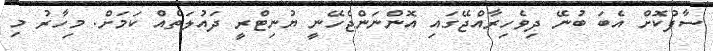
ސާފުކޮށް އެބަ ބުނޭ ދިވެހިރާއްޖޭގައި އޮންނަންޖެހޭނީ ޔުނިޓްރީ ދައުލަތެއް ކަމަށް. މިހާރު މި